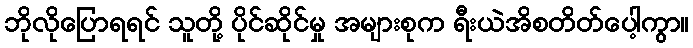
ဘိုလိုပြောရရင် သူတို့ ပိုင်ဆိုင်မှု အများစုက ရီးယဲအိစတိတ်ပေါ့ကွာ။